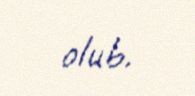
olub.